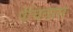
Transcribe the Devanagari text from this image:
पेचिवास